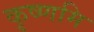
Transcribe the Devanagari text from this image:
कृष्णमि